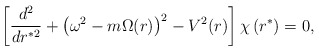
\begin{align*}\left[ \frac{d^{2}}{d r^{* 2}}+ \left(\omega^{2} - m \Omega (r) \right)^2- V^2(r) \right] \chi \left( r^* \right) = 0 , \end{align*}